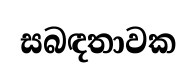
සබඳතාවක